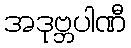
အဒုဗ္ဘပါဏီ